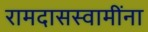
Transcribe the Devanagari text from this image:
रामदासस्वामींना